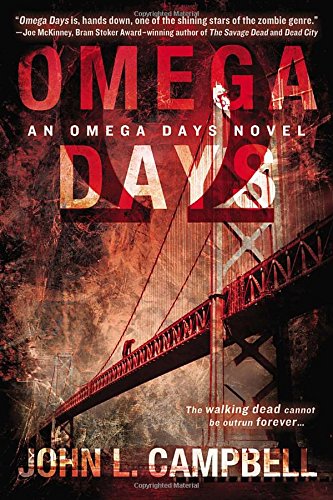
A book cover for Omega Days (An Omega Days Novel); John L. Campbell; Science Fiction & Fantasy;